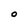
Character: O